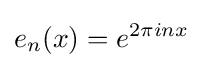
e_{n}(x)=e^{2\pi inx}